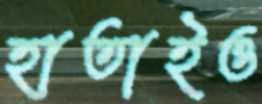
হাতাইও